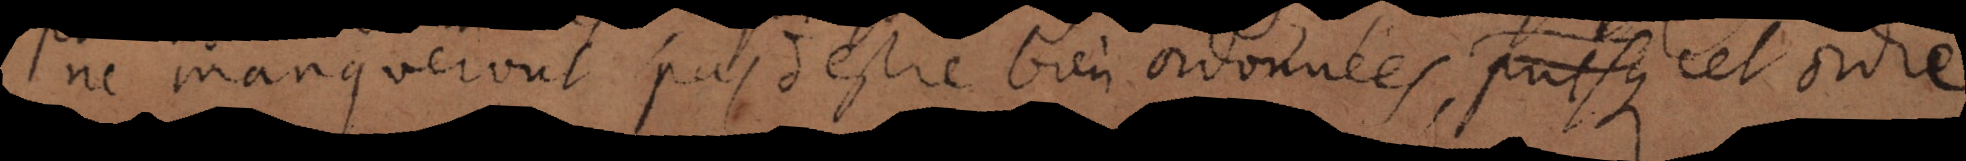
ne manqueront pas d’estre bien ordonnées, quoyque cet ordre